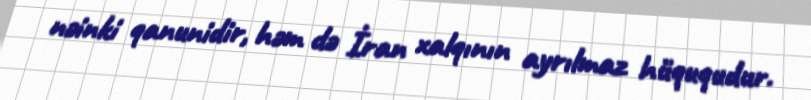
nəinki qanunidir, həm də İran xalqının ayrılmaz hüququdur.